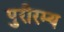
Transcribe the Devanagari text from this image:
पुरीरम्य